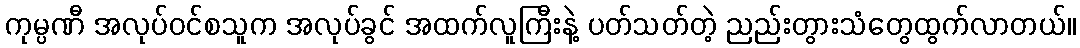
ကုမ္ပဏီ အလုပ်ဝင်စသူက အလုပ်ခွင် အထက်လူကြီးနဲ့ ပတ်သတ်တဲ့ ညည်းတွားသံတွေထွက်လာတယ်။